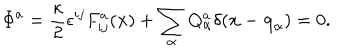
LaTeX: \Phi ^ { a } = { \frac { \kappa } { 2 } } \epsilon ^ { i j } F _ { i j } ^ { a } ( { \bf x } ) + \sum _ { \alpha } Q _ { \alpha } ^ { a } \delta ( { \bf x } - { \bf q } _ { \alpha } ) = 0 .